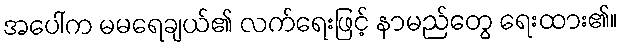
အပေါ်က မမရေချယ်၏ လက်ရေးဖြင့် နာမည်တွေ ရေးထား၏။